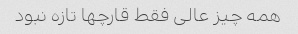
همه چیز عالی فقط قارچها تازه نبود